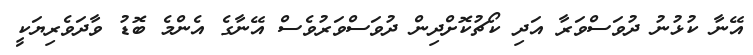
އޭނާ ކުޅުނު ދުވަސްވަރާ އަދި ކޯޗުކޮށްދިން ދުވަސްވަރުވެސް އޭނާގެ އެންމެ ބޮޑު ވާދަވެރިޔަކީ